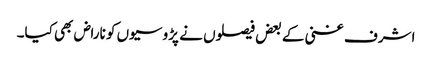
اشرف غنی کے بعض فیصلوں نے پڑوسیوں کو ناراض بھی کیا۔